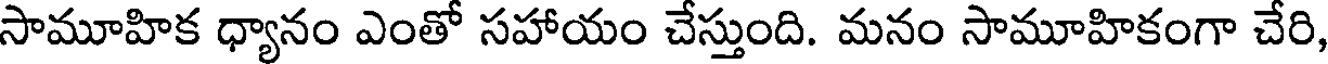
సామూహిక ధ్యానం ఎంతో సహాయం చేస్తుంది. మనం సామూహికంగా చేరి,